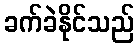
ခက်ခဲနိုင်သည်